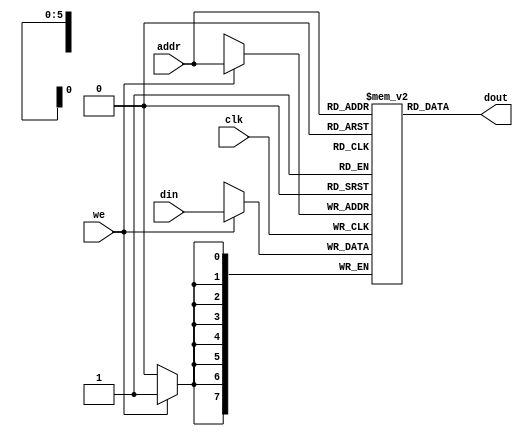
`timescale 1ns / 1ps
//////////////////////////////////////////////////////////////////////////////////
// Company: 
// Engineer: 
// 
// Design Name: 
// Module Name: single_port_RAM
// Project Name: 
// Target Devices: 
// Tool Versions: 
// Description: 
// 
// Dependencies: 
// 
// Revision:
// Revision 0.01 - File Created
// Additional Comments:
// 
//////////////////////////////////////////////////////////////////////////////////


module single_port_RAM(
    input clk,
    input [7:0] din,
    input [5:0] addr,
    input we,
    output [7:0] dout
    );
    
    reg [7:0] mem [63:0];
    
    always@(posedge clk)
    begin
    if(we==1'b1) mem[addr]<=din;
    end
    assign dout=mem[addr];
endmodule